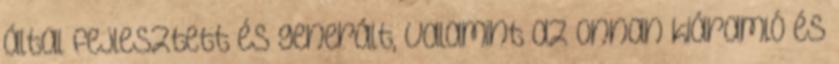
által fejlesztett és generált, valamint az onnan kiáramló és